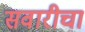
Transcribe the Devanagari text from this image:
सवारीचा